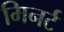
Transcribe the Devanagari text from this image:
मिनर्ट